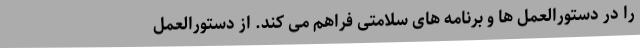
را در دستورالعمل ها و برنامه های سلامتی فراهم می کند. از دستورالعمل